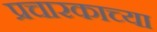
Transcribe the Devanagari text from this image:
प्रचारकाच्या